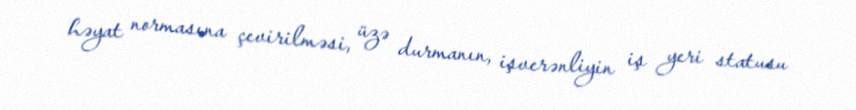
həyat normasına çevirilməsi, üzə durmanın, işverənliyin iş yeri statusu